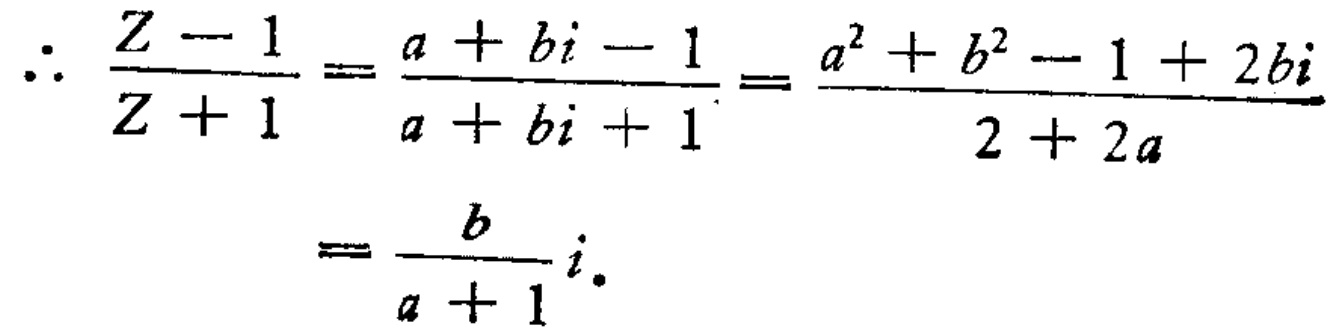
\[\therefore \frac{Z - 1}{Z + 1} = \frac{a + bi - 1}{a + bi + 1} = \frac{a^{2} + b^{2} - 1 + 2bi}{2 + 2a} = \frac{b}{a + 1}i.\]